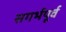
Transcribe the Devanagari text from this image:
सगर्भपूर्व